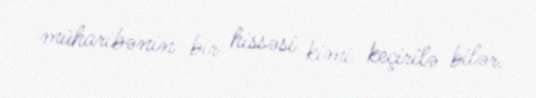
müharibənin bir hissəsi kimi keçirilə bilər.